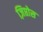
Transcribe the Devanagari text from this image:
ज़िप्तोस